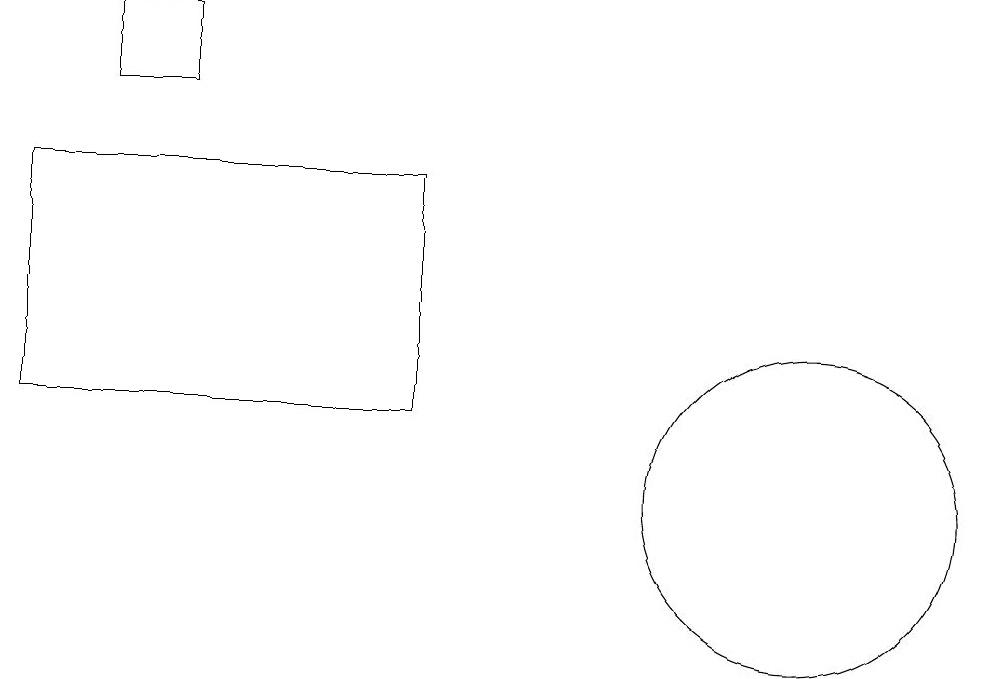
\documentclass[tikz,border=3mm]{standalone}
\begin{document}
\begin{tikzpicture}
\draw (0,15) rectangle (5,12);
\draw (10,11) circle (2);
\draw (1,16) rectangle (2,17);
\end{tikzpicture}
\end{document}